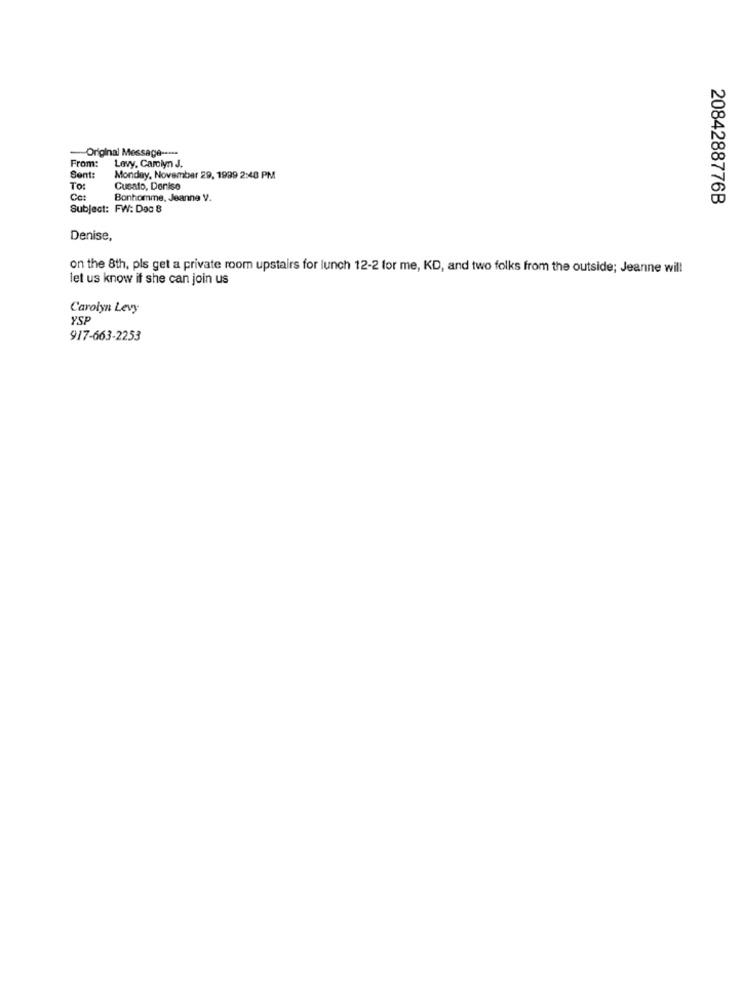
-Original Message -----
From:
Levy, Camiyn J.
Sent:
Monday, November 29, 1999 2:48 PM
To:
Cusato, Deniso
Cat
Bonhomme, Jeanne V.
2084288776B
Subject: FW: Dec 8
Denise,
on the 8th, pls get a private room upstairs for lunch 12-2 for me, KD, and two folks from the outside; Jeanne will
let us know if she can join us
Carolyn Levy
YSF
917-663-2253